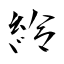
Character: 紷